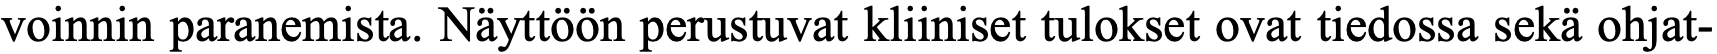
voinnin paranemista. Näyttöön perustuvat kliiniset tulokset ovat tiedossa sekä ohjat-